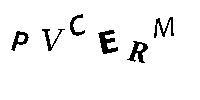
PVCERM